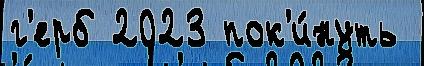
г'ерб 2023 пок'и́нуть